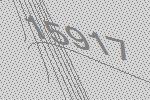
15917